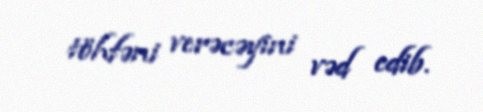
töhfəni verəcəyini vəd edib.